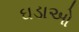
ઘડાઓ